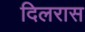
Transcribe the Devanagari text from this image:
दिलरास